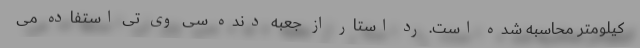
کیلومتر محاسبه شده است. رد استار از جعبه دنده سی وی تی استفاده می